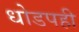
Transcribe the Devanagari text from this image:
धोडपही